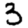
Digit: 3